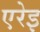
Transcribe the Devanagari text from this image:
एरेइ